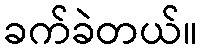
ခက်ခဲတယ်။